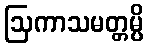
ဩကာသမတ္တမ္ပိ